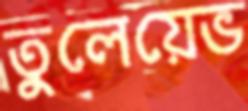
তুলেয়েভ